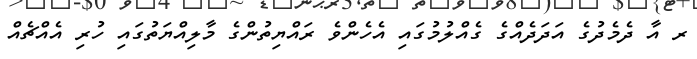
ރ އާ ދެމެދުގެ އަދަދެއްގެ ގެއްލުމުގައި އެހެންވެ ރައްޔިތުންގެ މާލިއްޔަތުގައި ހުރި އެއްޗެއް